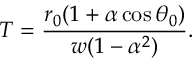
T = \frac { r _ { 0 } ( 1 + \alpha \cos \theta _ { 0 } ) } { w ( 1 - \alpha ^ { 2 } ) } .